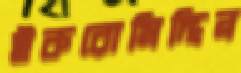
ইকরোমিদ্দিন